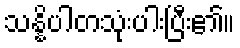
သန္နိပါတသုံးပါးပြီး၏။